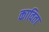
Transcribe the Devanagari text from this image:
काविता